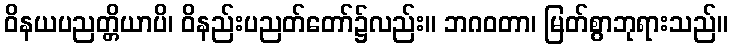
ဝိနယပညတ္တိယာပိ၊ ဝိနည်းပညတ်တော်၌လည်း။ ဘဂဝတာ၊ မြတ်စွာဘုရားသည်။